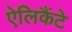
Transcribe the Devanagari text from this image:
ऐलिकैंटे